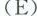
(E)